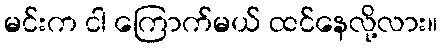
မင်းက ငါ ကြောက်မယ် ထင်နေလို့လား။